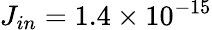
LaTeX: J_{in}=1.4\times 10^{-15}